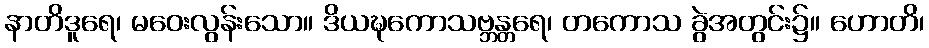
နာတိဒူရေ၊ မဝေးလွန်းသော။ ဒိယဍ္ဎကောသဗ္ဘန္တရေ၊ တကောသ ခွဲအတွင်း၌။ ဟောတိ၊